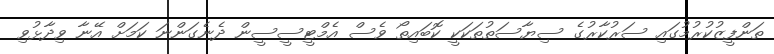
ތަންފީޒުކުރުމުގައި ސަރުކާރުގެ ސިޔާސަތުތަކަކީ ކޮބައިތޯ ވެސް އެމްޓީސީސީން ދެނެގަންނަ ކަމަށް އޭނާ ވިދާޅުވި